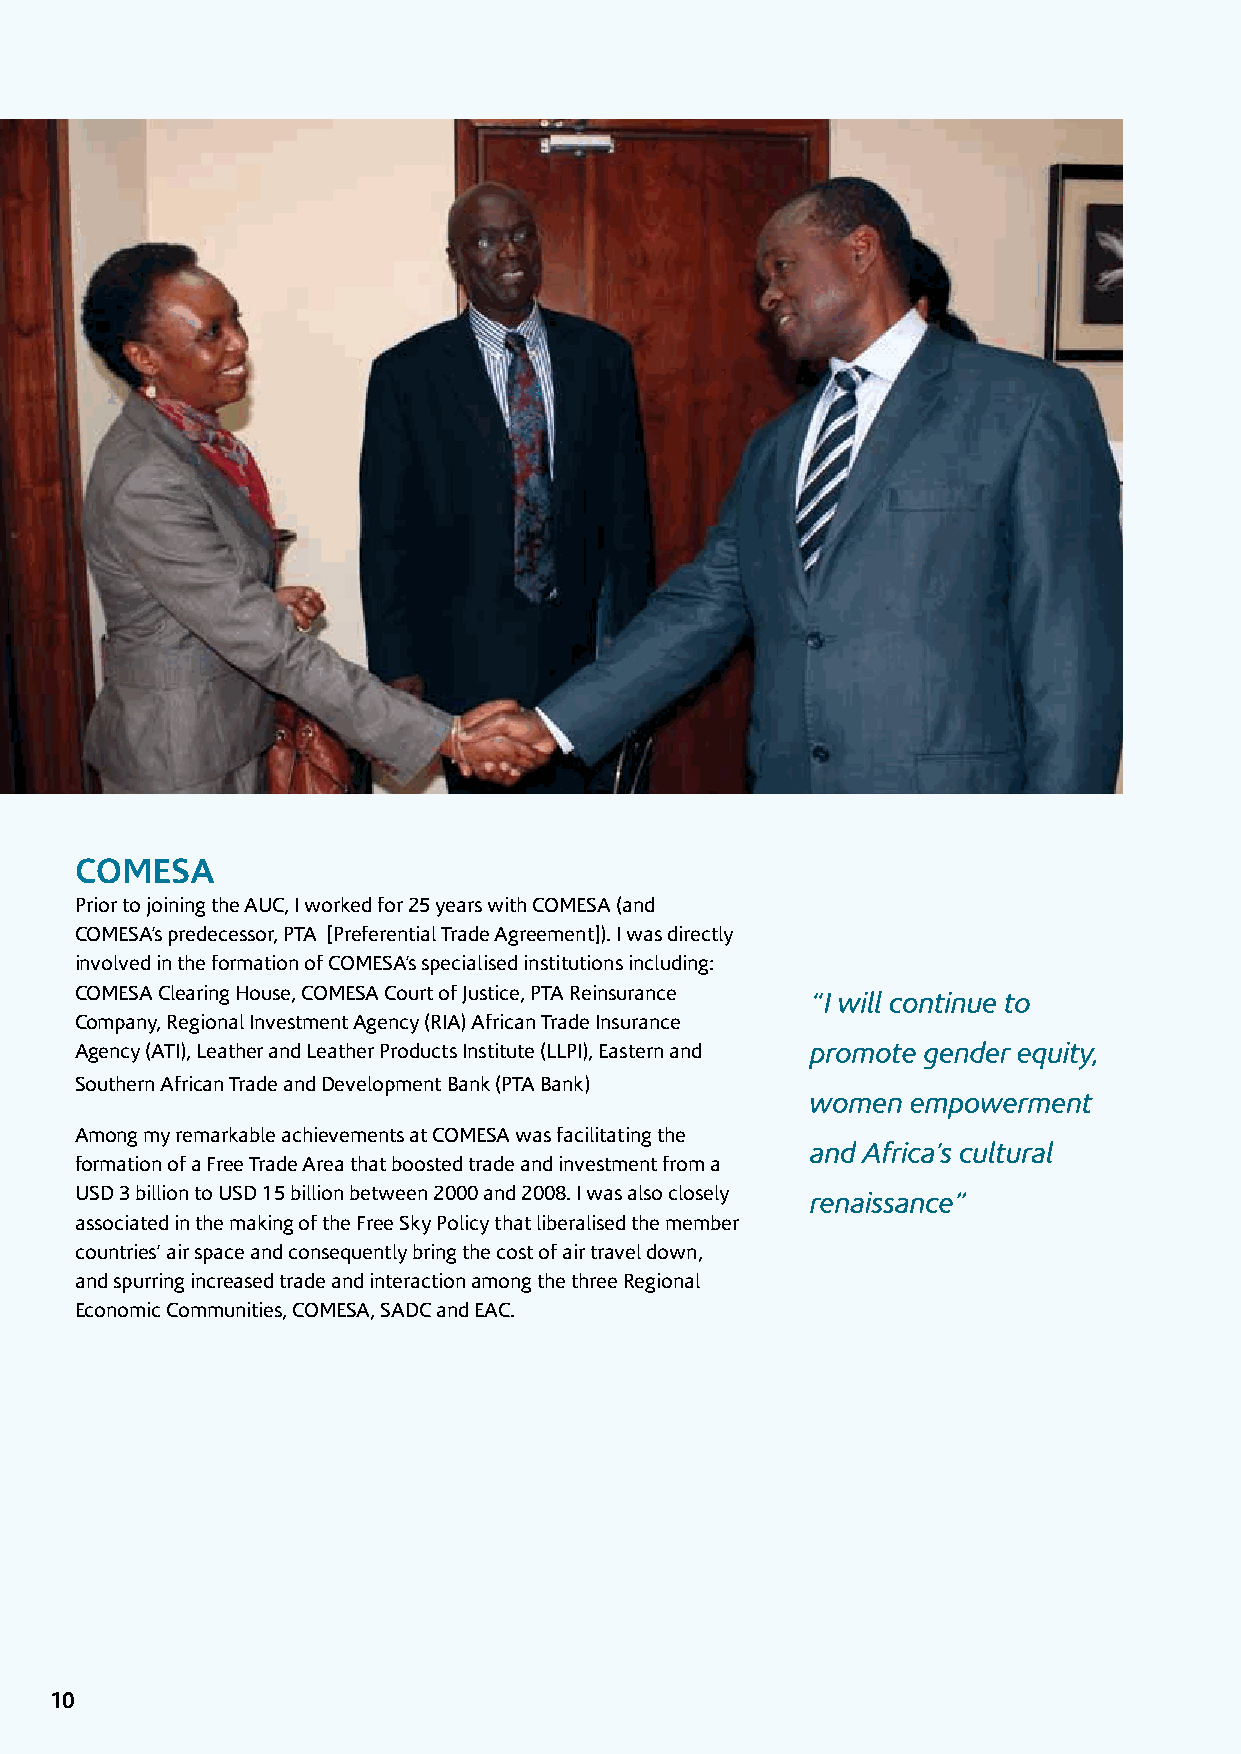
COMESA
 Prior to joining the AUC, I worked for 25 years with COMESA (and
 COMESA’s predecessor, PTA [Preferential Trade Agreement]). I was directly
 involved in the formation of COMESA’s specialised institutions including:
 COMESA Clearing House, COMESA Court of Justice, PTA Reinsurance
 “I will continue to
 Company, Regional Investment Agency (RIA) African Trade Insurance
 Agency (ATI), Leather and Leather Products Institute (LLPI), Eastern and promote gender equity,
 Southern African Trade and Development Bank (PTA Bank)
 women empowerment
 Among my remarkable achievements at COMESA was facilitating the
 and Africa’s cultural
 formation of a Free Trade Area that boosted trade and investment from a
 USD 3 billion to USD 15 billion between 2000 and 2008. I was also closely renaissance”
 associated in the making of the Free Sky Policy that liberalised the member
 countries’ air space and consequently bring the cost of air travel down,
 and spurring increased trade and interaction among the three Regional
 Economic Communities, COMESA, SADC and EAC.
 10